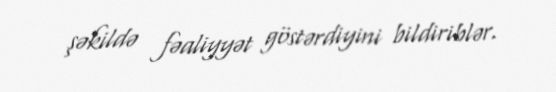
şəkildə fəaliyyət göstərdiyini bildiriblər.